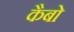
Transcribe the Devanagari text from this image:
कैबो